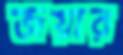
জয়ার